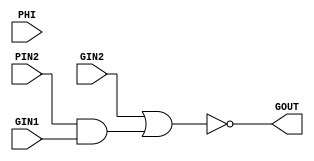
module BLOCK2A ( PIN2, GIN1, GIN2, PHI, GOUT );
input  PIN2;
input  GIN1;
input  GIN2;
input  PHI;
output GOUT;
   assign GOUT =  ~ (GIN2 | (PIN2 & GIN1));
endmodule